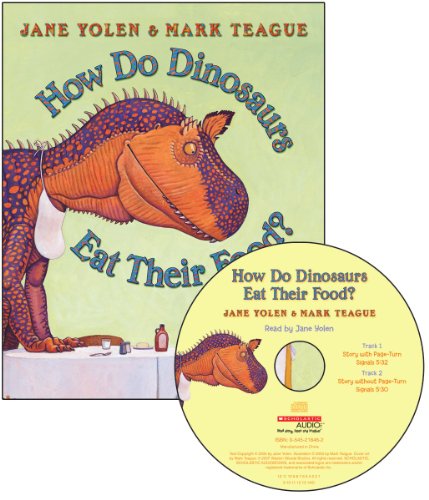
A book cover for How Do Dinosaurs Eat Their Food? (Book & CD); Jane Yolen; Children's Books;